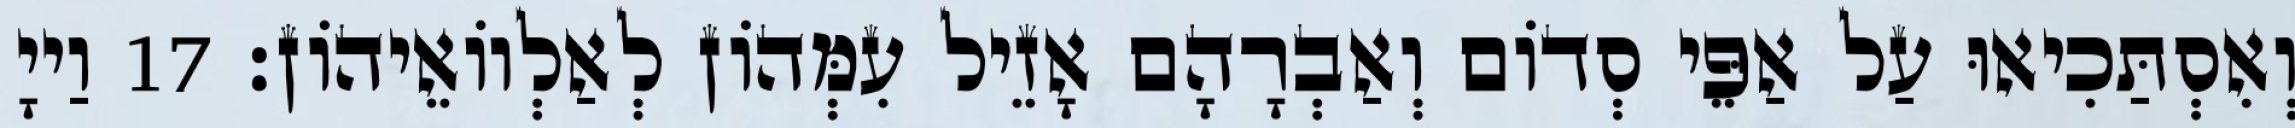
וְאִסְתַּכִיאוּ עַל אַפֵּי סְדוֹם וְאַבְרָהָם אָזֵיל עִמְּהוֹן לְאַלְווֹאֵיהוֹן׃ 17 וַייָ